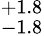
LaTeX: ^{+1.8}_{-1.8}